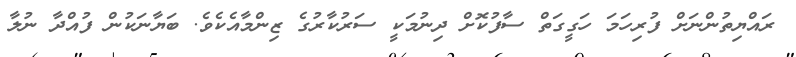
ރައްޔިތުންނަށް ފުރިހަމަ ހަގީގަތް ސާފުކޮށް ދިނުމަކީ ސަރުކާރުގެ ޒިންމާއެކެވެ. ބަޔާނަކުން ފުއްދާ ނުލާ